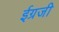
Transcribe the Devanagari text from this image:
ईग्रजी